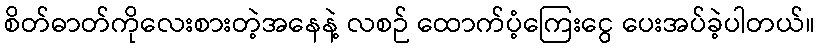
စိတ်ဓာတ်ကိုလေးစားတဲ့အနေနဲ့ လစဉ် ထောက်ပံ့ကြေးငွေ ပေးအပ်ခဲ့ပါတယ်။